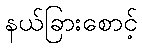
နယ်ခြားစောင့်